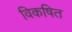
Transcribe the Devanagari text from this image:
विकषित